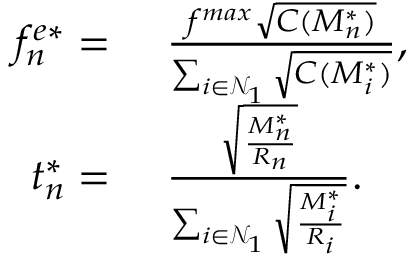
\begin{array} { r l } { f _ { n } ^ { e * } = } & { \ \frac { f ^ { m a x } \sqrt { C ( M _ { n } ^ { * } ) } } { \sum _ { i \in \mathcal { N } _ { 1 } } \sqrt { C ( M _ { i } ^ { * } ) } } , } \\ { t _ { n } ^ { * } = } & { \ \frac { \sqrt { \frac { M _ { n } ^ { * } } { R _ { n } } } } { \sum _ { i \in \mathcal { N } _ { 1 } } \sqrt { \frac { M _ { i } ^ { * } } { R _ { i } } } } . } \end{array}